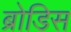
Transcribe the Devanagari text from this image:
ब्रोडिस